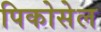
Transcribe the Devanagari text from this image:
पिकोसेल